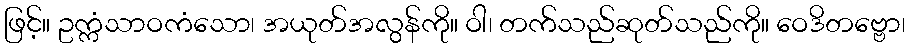
ဖြင့်။ ဥက္ကံသာဝကံသော၊ အယုတ်အလွန်ကို။ ဝါ၊ တက်သည်ဆုတ်သည်ကို။ ဝေဒိတဗ္ဗော၊